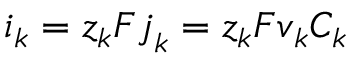
\boldsymbol { i } _ { k } = z _ { k } F \boldsymbol { j } _ { k } = z _ { k } F \boldsymbol { v } _ { k } C _ { k }